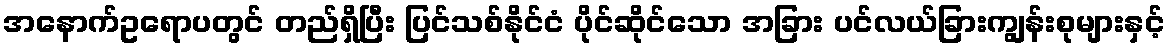
အနောက်ဥရောပတွင် တည်ရှိပြီး ပြင်သစ်နိုင်ငံ ပိုင်ဆိုင်သော အခြား ပင်လယ်ခြားကျွန်းစုများနှင့်